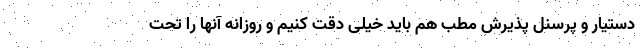
دستیار و پرسنل پذیرش مطب هم باید خیلی دقت کنیم و روزانه آنها را تحت